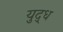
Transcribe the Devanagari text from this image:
युद़्ध